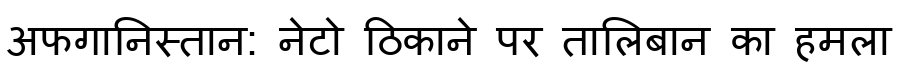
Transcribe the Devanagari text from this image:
अफगानिस्तान: नेटो ठिकाने पर तालिबान का हमला